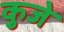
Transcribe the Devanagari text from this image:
कुजे